Document type: Clause in a will
Year: 1320
Scribe: Francesc de Torre
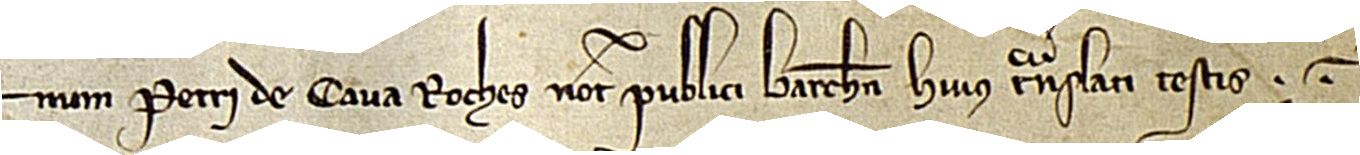
num Petri de Cava Roches, notarii publici Barchinone, huius translati testis.